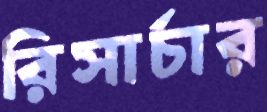
রিসার্চার